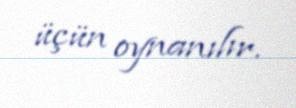
üçün oynanılır.